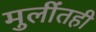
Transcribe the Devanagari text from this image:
मुलींतही